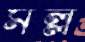
মল্ল